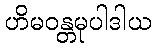
ဟိမဝန္တမုပါဒါယ